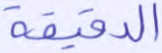
الدقيقة